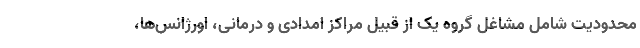
محدودیت شامل مشاغل گروه یک از قبیل مراکز امدادی و درمانی، اورژانس‌ها،